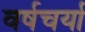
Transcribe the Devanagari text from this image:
वर्षचर्या